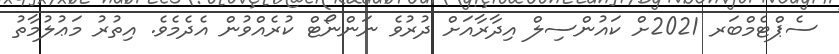
ސެޕްޓެމްބަރ 2021ށް ކައުންސިލް އިދާރާއަށް ދުރުވެ ނަންނޯޓް ކުރެއްވުން އެދެމެވެ. އިތުރު މަޢުލުމާތު